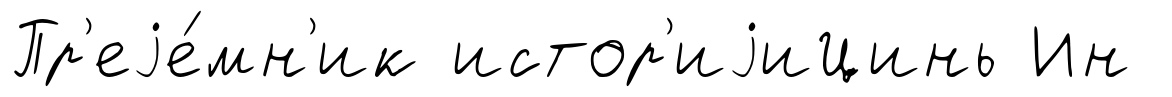
Пр'еjе́мн'ик истор'иjиЦинь Ин